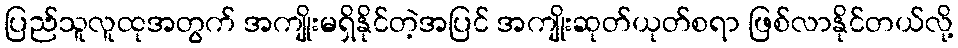
ပြည်သူလူထုအတွက် အကျိုးမရှိနိုင်တဲ့အပြင် အကျိုးဆုတ်ယုတ်စရာ ဖြစ်လာနိုင်တယ်လို့